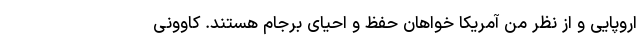
اروپایی و از نظر من آمریکا خواهان حفظ و احیای برجام هستند. کاوونی